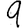
Digit: 9